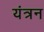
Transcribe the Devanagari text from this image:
यंत्रन